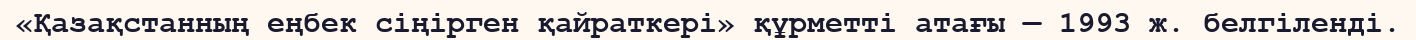
«Қазақстанның еңбек ciңipгeн қайраткері» құрметті атағы — 1993 ж. белгіленді.